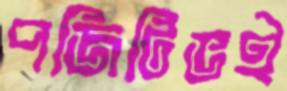
পজিটিভই